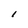
Character: l